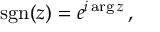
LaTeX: \operatorname { s g n } ( z ) = e ^ { i \arg z } \, ,